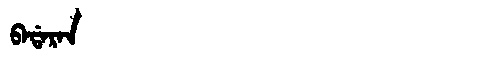
Manchu: ᠪᠠᡩᠠᡵᠠᠨ
Romanization: BADARAN